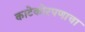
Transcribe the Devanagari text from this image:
काटेकोरपणाचा